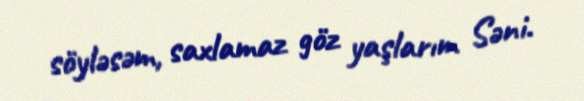
söyləsəm, saxlamaz göz yaşlarım Səni.